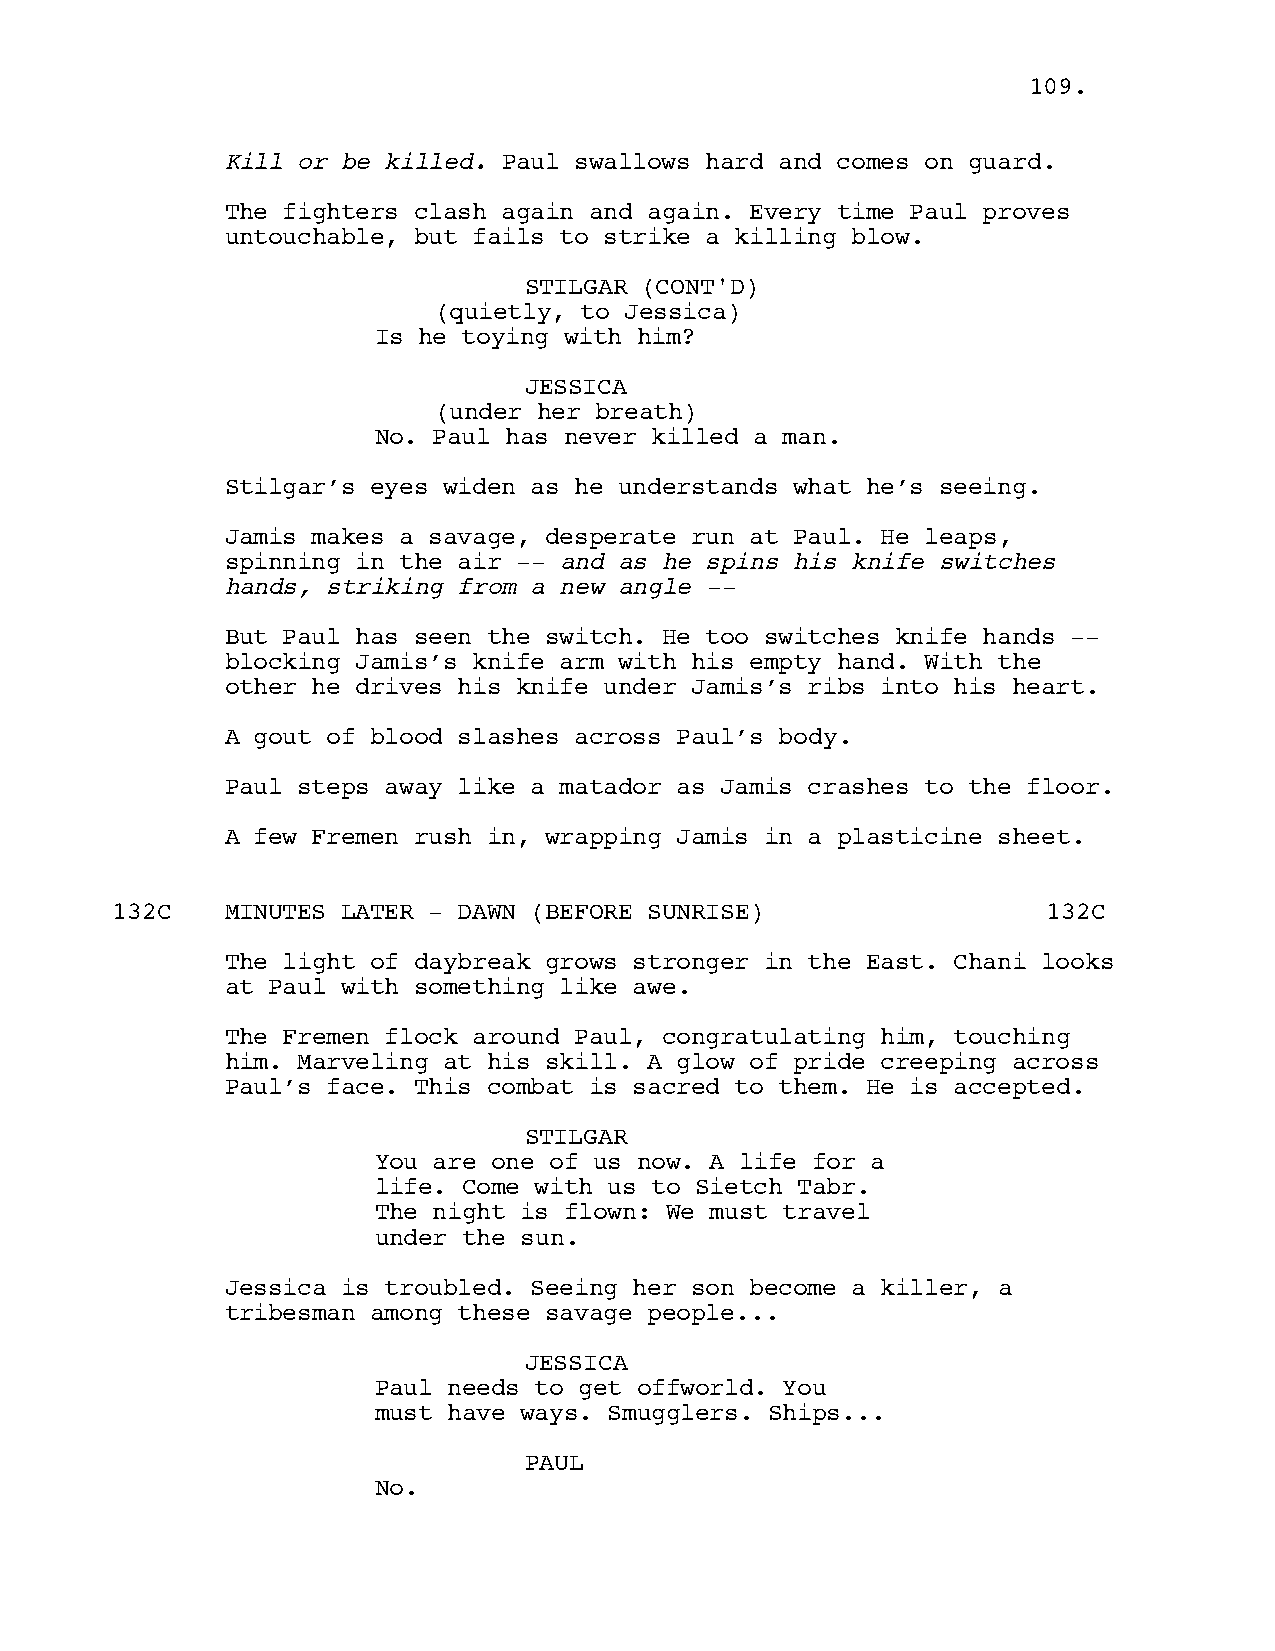
110099..
 Kill or be killed. Paul swallows hard and comes on guard.
 The fighters clash again and again. Every time Paul proves
 untouchable, but fails to strike a killing blow.
 STILGAR (CONT'D)
 (quietly, to Jessica)
 Is he toying with him?
 JESSICA
 (under her breath)
 No. Paul has never killed a man.
 Stilgar’s eyes widen as he understands what he’s seeing.
 Jamis makes a savage, desperate run at Paul. He leaps,
 spinning in the air -- and as he spins his knife switches
 hands, striking from a new angle --
 But Paul has seen the switch. He too switches knife hands --
 blocking Jamis’s knife arm with his empty hand. With the
 other he drives his knife under Jamis’s ribs into his heart.
 A gout of blood slashes across Paul’s body.
 Paul steps away like a matador as Jamis crashes to the floor.
 A few Fremen rush in, wrapping Jamis in a plasticine sheet.
 132C    MINUTES LATER - DAWN (BEFORE SUNRISE)                 132C
 The light of daybreak grows stronger in the East. Chani looks
 at Paul with something like awe.
 The Fremen flock around Paul, congratulating him, touching
 him. Marveling at his skill. A glow of pride creeping across
 Paul’s face. This combat is sacred to them. He is accepted.
 STILGAR
 You are one of us now. A life for a
 life. Come with us to Sietch Tabr.
 The night is flown: We must travel
 under the sun.
 Jessica is troubled. Seeing her son become a killer, a
 tribesman among these savage people...
 JESSICA
 Paul needs to get offworld. You
 must have ways. Smugglers. Ships...
 PAUL
 No.